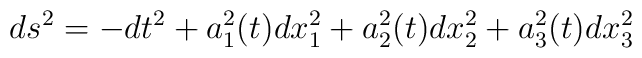
ds^{2} = -dt^{2} + a_{1}^{2}(t)dx_{1}^{2} + a_{2}^{2} (t)dx_{2}^{2}+ a_{3}^{2} (t)dx_{3}^{2}